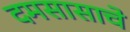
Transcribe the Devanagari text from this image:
दमसासाचे